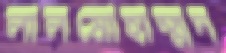
লালমোহাম্মদ